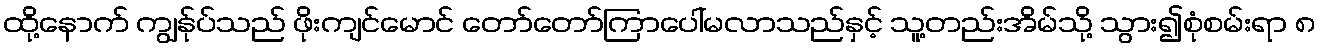
ထို့နောက် ကျွန်ုပ်သည် ဖိုးကျင်မောင် တော်တော်ကြာပေါ်မလာသည်နှင့် သူ့တည်းအိမ်သို့ သွား၍စုံစမ်းရာ ၈